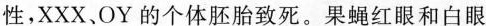
性，XXX、OY的个体胚胎致死。果蝇红眼和白眼